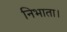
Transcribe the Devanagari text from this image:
निभाता।